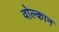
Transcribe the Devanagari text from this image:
वोल्कान